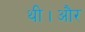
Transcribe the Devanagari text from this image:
थी।और